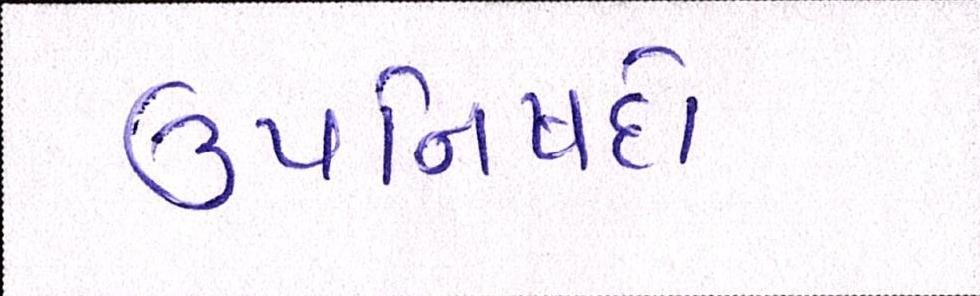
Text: ઉપનિષદો